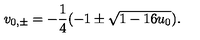
v _ { 0 , \pm } = - \frac { 1 } { 4 } ( - 1 \pm \sqrt { 1 - 1 6 u _ { 0 } } ) .